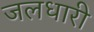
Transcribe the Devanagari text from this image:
जलधारी